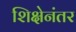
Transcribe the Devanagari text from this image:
शिक्षेनंतर